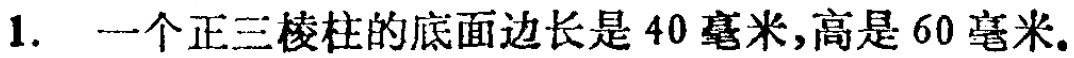
1. 一个正三棱柱的底面边长是 40 毫米,高是 60 毫米。